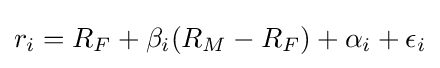
r_{i}=R_{F}+\beta _{i}(R_{M}-R_{F})+\alpha _{i}+\epsilon _{i}